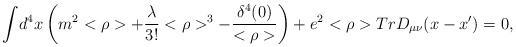
\begin{align*}{\int}d^{4}x\left(m^{2}<\rho>+\frac{\lambda}{3!}<\rho>^{3}-\frac{\delta^{4}(0)}{<\rho>}\right)+e^{2}<\rho>TrD_{\mu\nu}(x-x')=0,\end{align*}